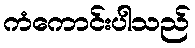
ကံကောင်းပါသည်